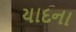
યાદના